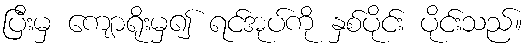
ပြီးမှ ကျောရိုးမှ၍ ရင်အုပ်ကို နှစ်ပိုင်း ပိုင်းသည်။